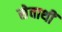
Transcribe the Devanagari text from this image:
सेवाथीं